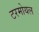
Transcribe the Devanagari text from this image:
टरमोयल